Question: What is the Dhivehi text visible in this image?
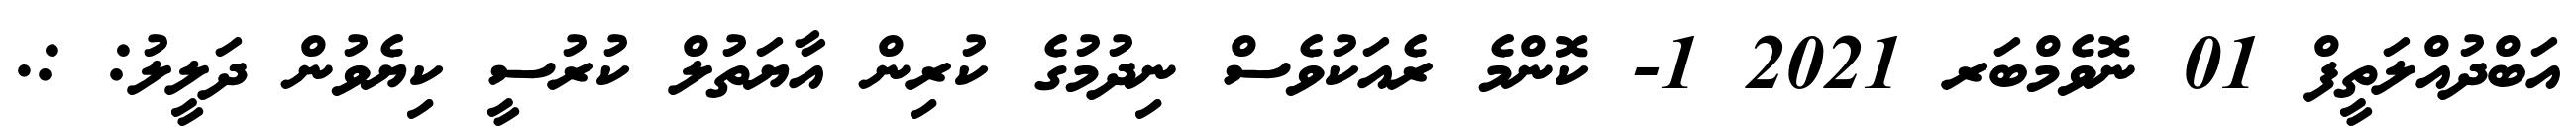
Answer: އަބްދުއްލަތީފް 01 ނޮވެމްބަރ 2021 1- ކޮންމެ ރެއަކުވެސް ނިދުމުގެ ކުރިން އާޔަތުލް ކުރުސީ ކިޔެވުން ދަލީލު: :.